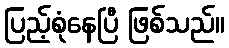
ပြည့်စုံနေပြီ ဖြစ်သည်။